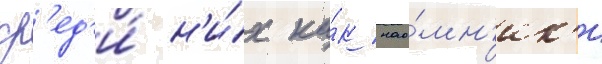
ср'ед'и́ н'и́х ка́к нао́мн'ик'и